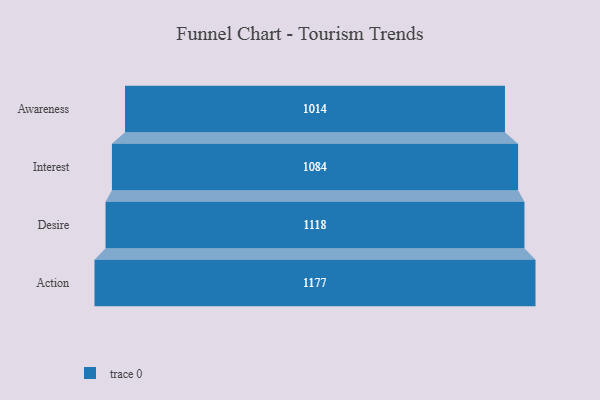
{"axis": {"x": "Stage", "y": "Value"}, "legend": [""], "data": [{"x": "Awareness", "y": 1014.0, "type": ""}, {"x": "Interest", "y": 1084.0, "type": ""}, {"x": "Desire", "y": 1118.0, "type": ""}, {"x": "Action", "y": 1177.0, "type": ""}]}